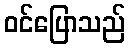
ဝင်ပြောသည်